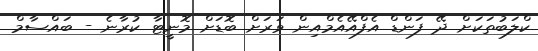
ކްލަބުތަކަށް ދޭ ފަންޑް އެފްއޭއެމްއިން ވަރަށް ބޮޑަށް މޮނީޓާ ކުރާނެ - ބައްސާމް